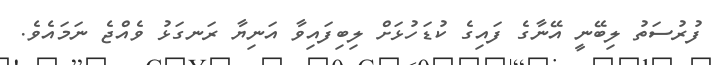
ފުރުސަތު ލިބޭނީ އޭނާގެ ފައިގެ ކުޑަހުޅަށް ލިބިފައިވާ އަނިޔާ ރަނގަޅު ވެއްޖެ ނަމައެވެ.